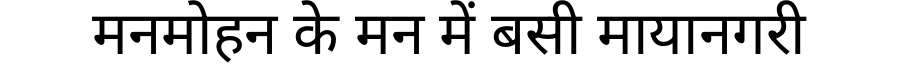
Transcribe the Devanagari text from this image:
मनमोहन के मन में बसी मायानगरी